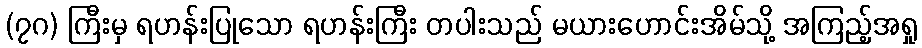
(၇ဂ) ကြီးမှ ရဟန်းပြုသော ရဟန်းကြီး တပါးသည် မယားဟောင်းအိမ်သို့ အကြည့်အရှု